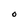
Character: O